Report on vaccination in Madras 1895-1903 - 1895-1903
Year: 1895
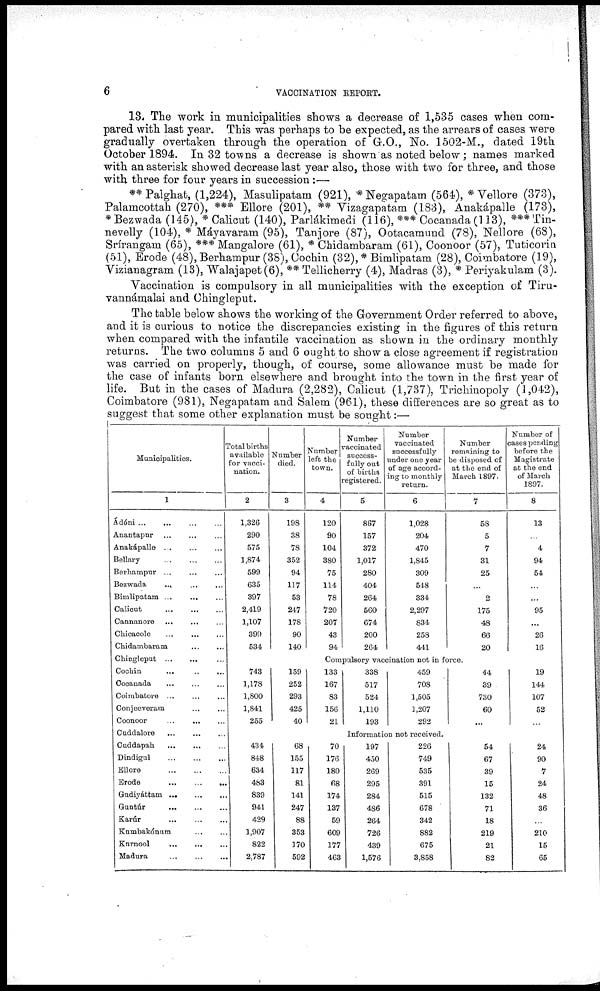
6
VACCINATION REPORT.
13. The work in municipalities shows a decrease of 1,535 cases when com-
pared with last year. This was perhaps to be expected, as the arrears of cases were
gradually overtaken through the operation of G.O., No. 1502-M., dated 19th
October 1894. In 32 towns a decrease is shown as noted below; names marked
with an asterisk showed decrease last year also, those with two for three, and those
with three for four years in succession :—
**Palghat, (1,224), Masulipatam (921), * Negapatam (564), * Vellore (373),
Palamcottah (270), *** Ellore (201), ** Vizagapatam (183), Anakápalle (173),
*Bezwada (145), * Calicut (140), Parlákimedi (116), *** Cocanada(l 13), ***Tin-
nevelly (104), * Máyavaram (95), Tanjore (87), Ootacamund (78), Nellore (68),
Srírangam (65), *** Mangalore (61), * Chidambaram (61), Coonoor (57), Tuticorin
(51), Erode (48), Berhampur (38), Cochin (32), * Bimlipatam (28), Coimbatore (19),
Vizianagram (13), Walajapet(6), ** Tellicherry (4), Madras (3), * Periyakulam (3).
Vaccination is compulsory in all municipalities with the exception of Tiru-
vannámalai and Chingleput.
The table below shows the working of the Government Order referred to above,
and it is curious to notice the discrepancies existing in the figures of this return
when compared with the infantile vaccination as shown in the ordinary monthly
returns. The two columns 5 and 6 ought to show a close agreement if registration
was carried on properly, though, of course, some allowance must be made for
the case of infants born elsewhere and brought into the town in the first year of
life. But in the cases of Madura (2,282), Calicut (1,737), Trichinopoly (1,042),
Coimbatore (981), Negapatam and Salem (961), these differences are so great as to
suggest that some other explanation must be sought:—
Municipalities.
1
Ádóni ... ... ... ...
Anantapnr... ... ...
Anakápalle... ... ...
Bellary...
...
...
Berhampur...
...
...
Bezwada... ... ...
Bimlipatam...
...
...
Calicut... ... ...
Cannanore... ... ...
Chicacole...
...
...
Chidambaram...
...
...
Chingleput... ... ...
Cochin... ... ...
Cocanada... ... ...
Coimbatore...
...
...
Conjeeveram... ...
Coonoor... ... ...
Cuddalore...
...
...
Cuddapah... ... ...
Dindigul... ... ...
Ellore...
...
...
Erode...
...
...
Gudiyáttam...
...
...
Guntúr...
...
...
Karúr...
...
...
Kumbakónum...
...
Kurnool...
...
...
Madura...
...
...
Total births
available
for vacci-
nation.
2
1,326
290
575
1,874
599
635
397
2,419
1,107
399
534
Number
died.
3
198
38
78
352
94
117
53
247
178
90
140
Number
left the
town.
4
120
90
104
380
75
114
78
720
207
43
94
Number
vaccinated
success-
fully out
of births
registered.
5
867
157
372
1,017
280
404
264
560
674
200
264
Number
vaccinated
successfully
under one year
of age accord-
ing to monthly
return.
6
1,028
204
470
1,845
309
548
334
2,297
834
258
441
Number
remaining to
be disposed of
at the end of
March 1897.
7
58
5
7
31
25
...
2
175
48
66
20
Number of
cases pending
before the
Magistrate
at the end
of March
1897.
8
13
...
4
94
54
...
...
95
...
26
16
Compulsory vaccination not in force.
743
1,178
1,800
1,841
255
159
252
293
425
40
133
167
83
156
21
338
517
524
1,110
193
459
708
1,505
1,207
292
44
39
730
60
...
19
144
107
52
...
Information not received.
434
848
634
483
839
941
429
1,907
822
2,787
68
155
117
81
141
247
88
353
170
592
70
176
180
68
174
137
59
609
177
463
197
450
269
295
284
486
264
726
439
1,576
226
749
535
391
515
678
342
882
675
3,858
54
67
39
15
132
71
18
219
21
82
24
90
7
24
48
36
...
210
15
65